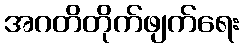
အဂတိတိုက်ဖျက်ရေး